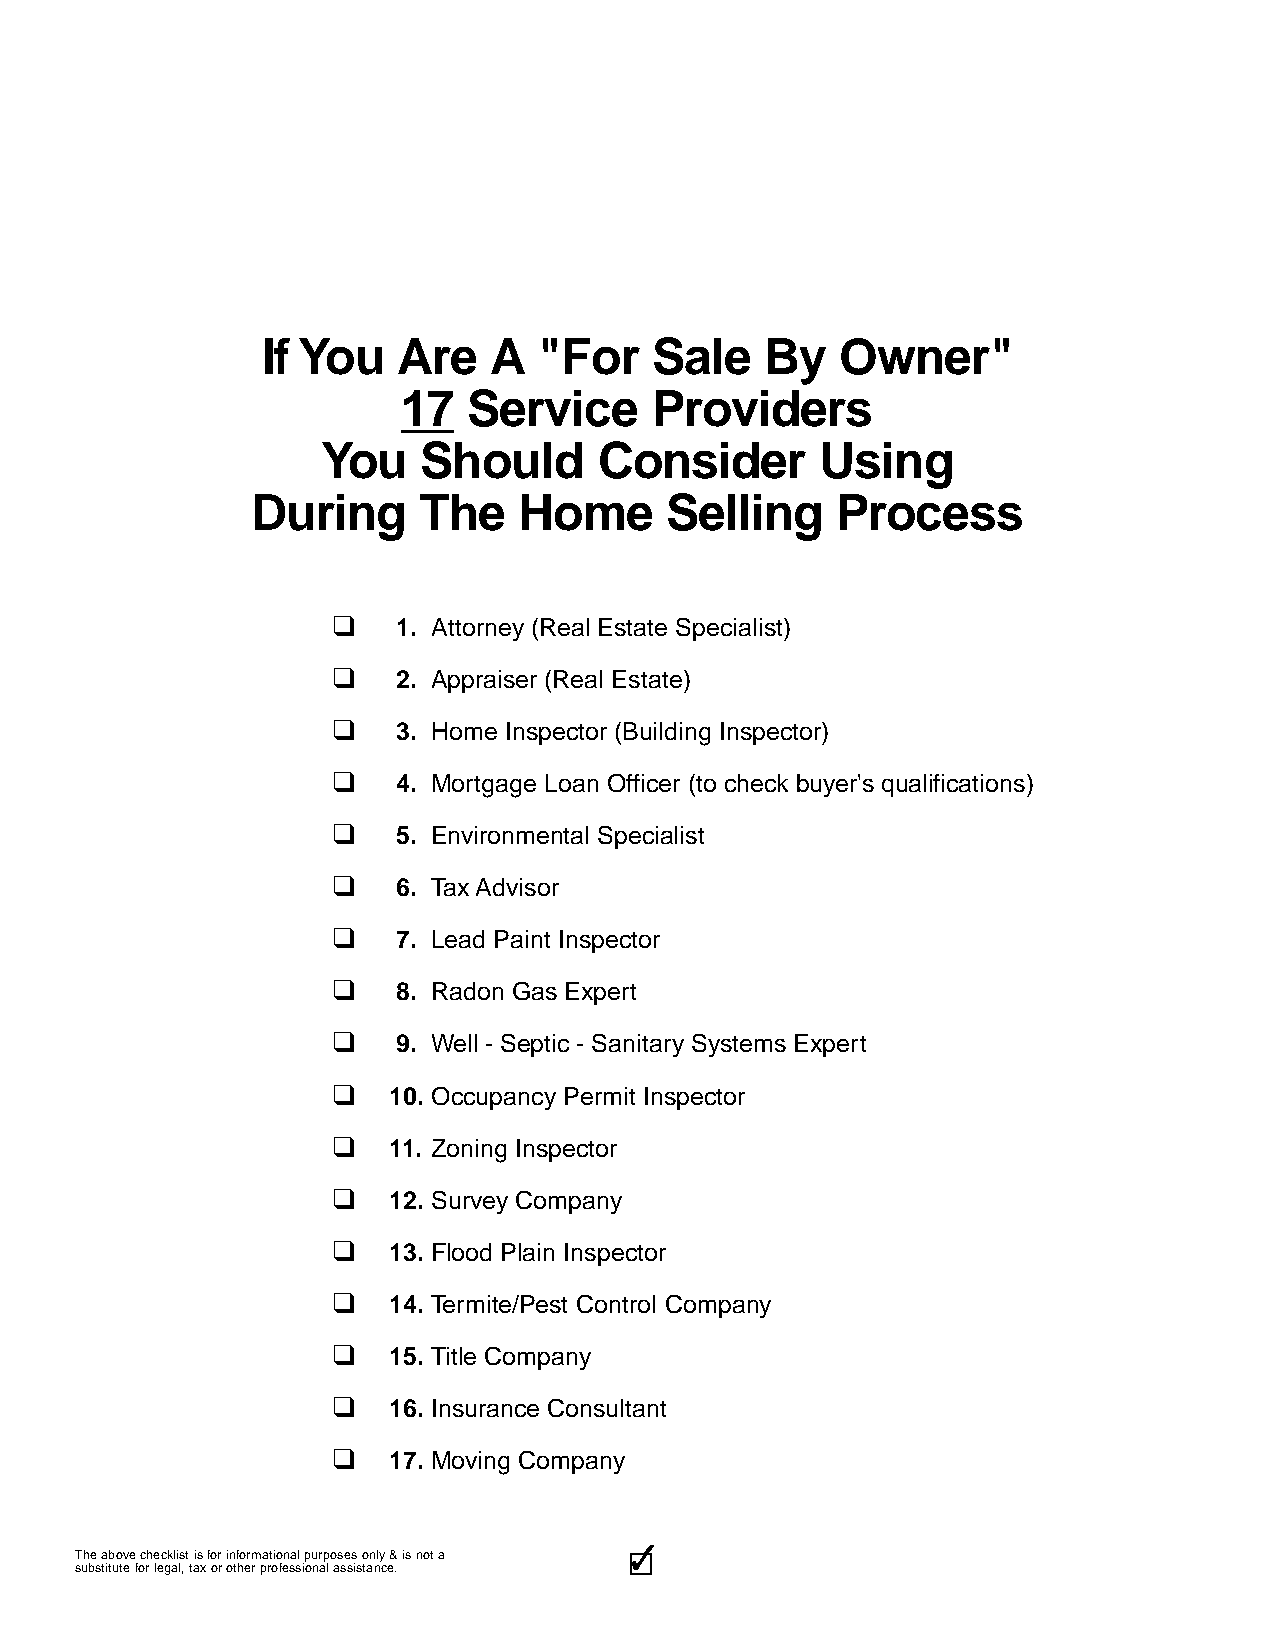
If You   Are   A   "For   Sale    By   Owner"
 17  Service     Providers
 You    Should      Consider      Using
 During     The   Home      Selling    Process
 q
 1. Attorney (Real Estate Specialist)
 q
 2. Appraiser (Real Estate)
 q
 3. Home Inspector (Building Inspector)
 q
 4. Mortgage Loan Officer (to check buyer's qualifications)
 q
 5. Environmental Specialist
 q
 6. Tax Advisor
 q
 7. Lead Paint Inspector
 q
 8. Radon Gas Expert
 q
 9. Well - Septic - Sanitary Systems Expert
 q
 10. Occupancy Permit Inspector
 q
 11. Zoning Inspector
 q
 12. Survey Company
 q
 13. Flood Plain Inspector
 q
 14. Termite/Pest Control Company
 q
 15. Title Company
 q
 16. Insurance Consultant
 q
 17. Moving Company
 3333333333
 The above checklist is for informational purposes only & is not a
 substitute for legal, tax or other professional assistance.